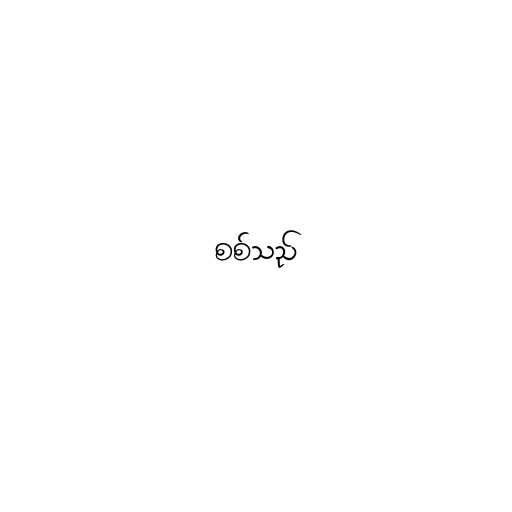
စစ်သည်